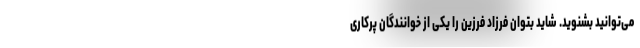
می‌توانید بشنوید. شاید بتوان فرزاد فرزین را یکی از خوانندگان پرکاری